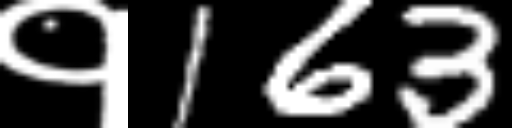
Text: १163